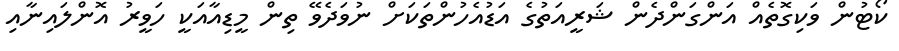
ކޯޓުން ވަކިގޮތެއް އަންގަންދެން ޝަރީއަތުގެ އަޑުއެހުންތަކަށް ނުވަދެވޭ ތިން މީޑިއާއަކީ ހަވީރު އޮންލައިނާއި